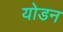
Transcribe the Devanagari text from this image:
योडन